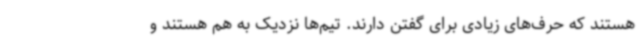
هستند که حرف‌های زیادی برای گفتن دارند. تیم‌ها نزدیک به هم هستند و